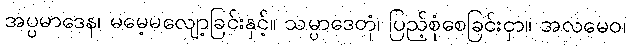
အပ္ပမာဒေန၊ မမေ့မလျော့ခြင်းနှင့်။ သမ္ပာဒေတုံ၊ ပြည့်စုံစေခြင်းငှာ။ အလမေဝ၊